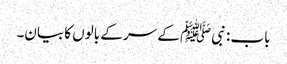
باب : نبیﷺ کے سر کے بالوں کا بیان۔